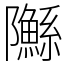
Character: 䧰